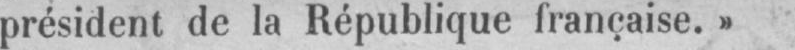
président de la République française.»